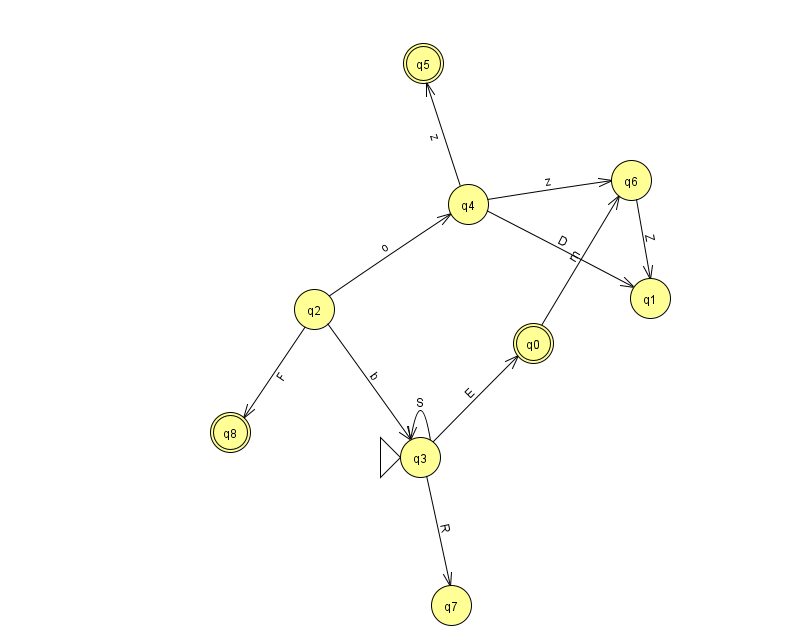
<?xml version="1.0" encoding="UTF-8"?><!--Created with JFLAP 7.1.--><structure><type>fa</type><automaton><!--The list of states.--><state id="0" name="q0"><x>533.0</x><y>330.0</y><final/></state><state id="1" name="q1"><x>650.0</x><y>285.0</y></state><state id="2" name="q2"><x>314.0</x><y>296.0</y></state><state id="3" name="q3"><x>420.0</x><y>444.0</y><initial/></state><state id="4" name="q4"><x>468.0</x><y>191.0</y></state><state id="5" name="q5"><x>423.0</x><y>50.0</y><final/></state><state id="6" name="q6"><x>631.0</x><y>167.0</y></state><state id="7" name="q7"><x>451.0</x><y>592.0</y></state><state id="8" name="q8"><x>230.0</x><y>419.0</y><final/></state><!--The list of transitions.--><transition><from>4</from><to>1</to><read>D</read></transition><transition><from>4</from><to>5</to><read>z</read></transition><transition><from>3</from><to>3</to><read>S</read></transition><transition><from>2</from><to>8</to><read>F</read></transition><transition><from>3</from><to>0</to><read>E</read></transition><transition><from>6</from><to>1</to><read>Z</read></transition><transition><from>0</from><to>6</to><read>m</read></transition><transition><from>2</from><to>3</to><read>b</read></transition><transition><from>2</from><to>4</to><read>o</read></transition><transition><from>3</from><to>7</to><read>R</read></transition><transition><from>4</from><to>6</to><read>z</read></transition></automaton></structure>